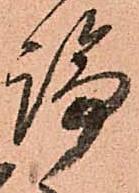
論